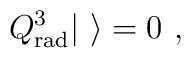
Q^{3}_{\rm rad}|\ \rangle = 0 \ ,